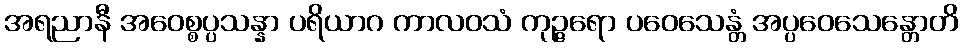
အရညာနီ အဝေစ္စပ္ပသန္နာ ပရိယာဂ ကာလဝသံ ကုဉ္ဇရော ပဝေသေန္တံ အပ္ပဝေသေန္တောတိ